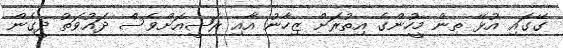
ގޭގައި އުޅޭ ތިން މީހުންގެ އިތުރަށް ޒިހާނު އާއި ރަޝީއަށްވެސް ދައުވަތު ދީގެން